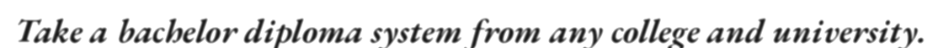
Take a bachelor diploma system from any college and university.